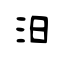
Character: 汨